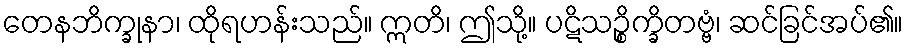
တေနဘိက္ခုနာ၊ ထိုရဟန်းသည်။ ဣတိ၊ ဤသို့။ ပဋိသဉ္စိက္ခိတဗ္ဗံ၊ ဆင်ခြင်အပ်၏။